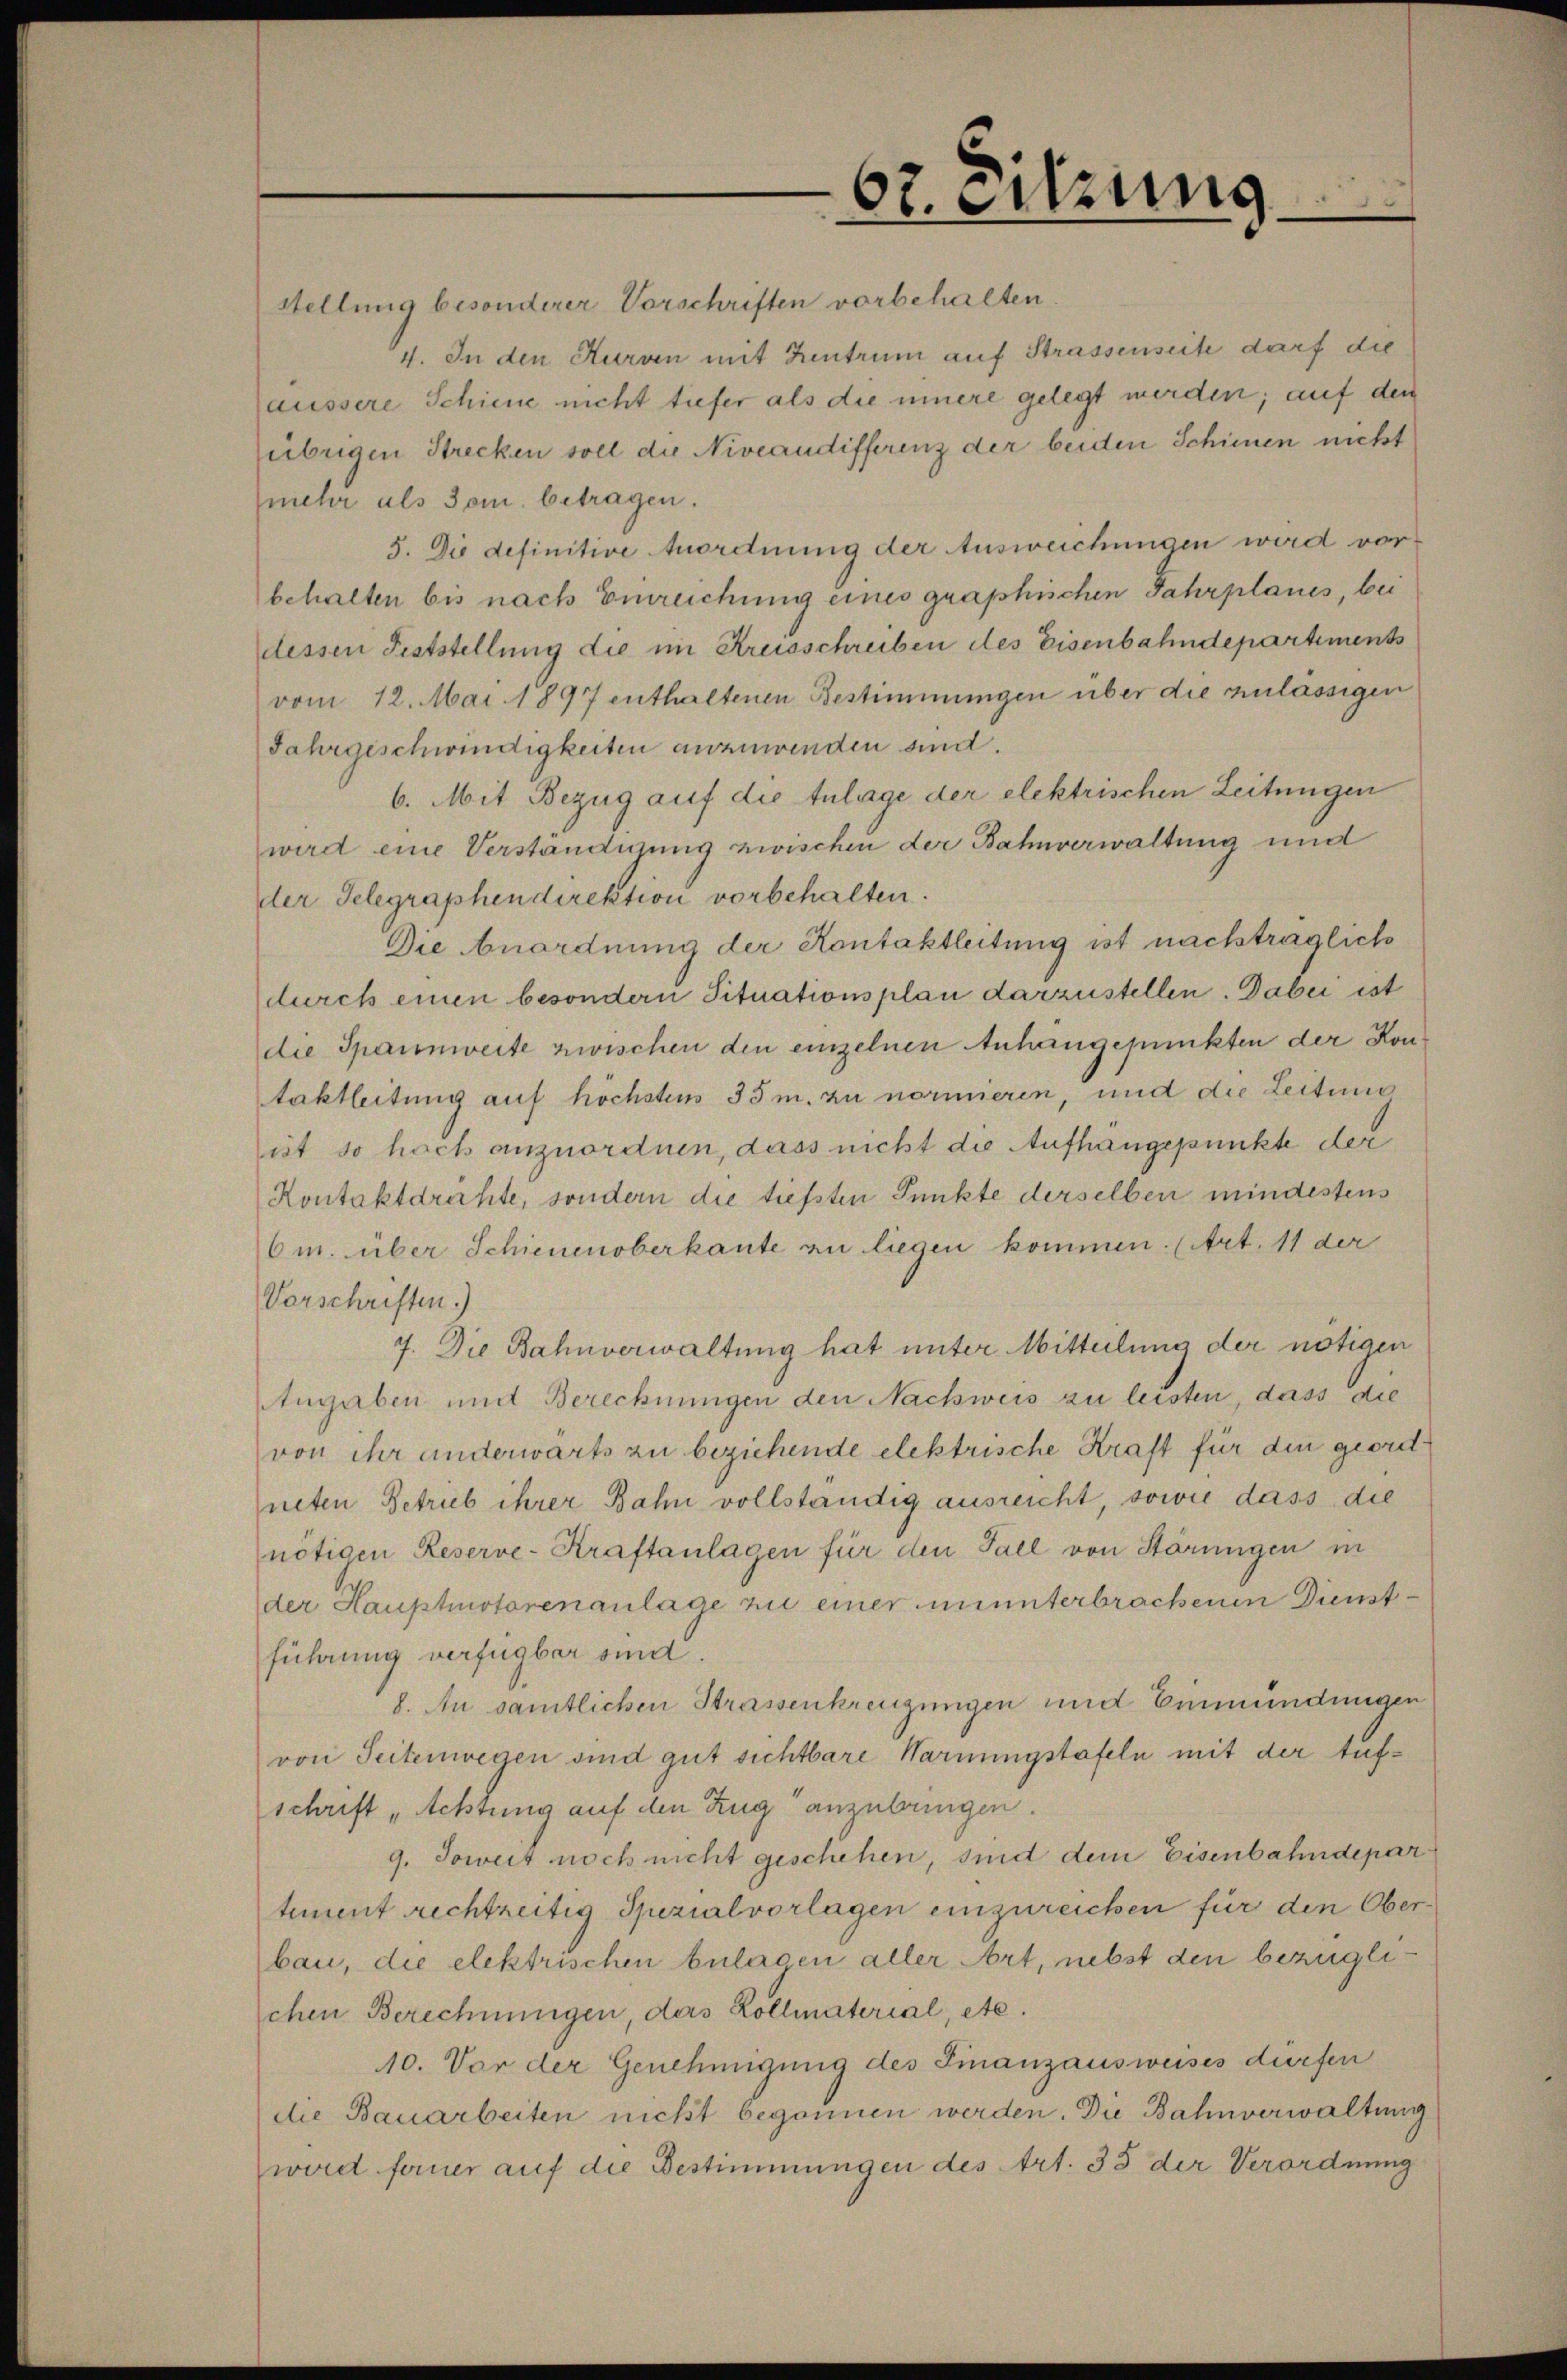
67. Sitzung

Stellung besonderer Vorschriften vorbehalten
4. In den Kurven mit Zentrum auf Strassenseite darf die
äussere Schiene nicht tiefer als die innere gelegt werden; auf den
übrigen Strecken soll die Niveaudifferenz der beiden Schienen nicht
mehr als Tom. betragen.
5. Die definitive Anordnung der Ausweichungen wird vorbehalten bis nach Einreichung eines graphischen Jahrplanes, bei
dessen Feststellung die im Kreisschreiben des Eisenbahndepartiments
vom 12. Mai 1897 enthaltenen Bestimmungen über die zulässigen
Jahrgeschwindigkeiten anzuwenden sind.
6. Mit Bezug auf die Zulage der elektrischen Leitungen
wird eine Verständigung zwischen der Bahnverwaltung und
der Telegraphen direktion vorbehalten.
Die Anordnung der Kontaktleitung ist nachträglich
durch einen besondern Situationsplan darzustellen. Dabei ist
die Spannweite zwischen den einzelnen Anhangepunkten der Kontaktleitung auf höchsten 35 m. zu normieren, und die Leitung
ist so hoch anzuordnen, dass nicht die Aufhängepunkte der
Kontaktdrühte, sondern die tiefsten Punkte derselben mindestens
6m. über Schienenoberkante zu liegen kommen. (Art. 11 der
Vorschriften.)
7. Die Bahnverwaltung hat unter Mitteilung der nötigen
Angaben und Berechnungen den Nachweis zu leisten, dass die
von ihr anderwärts zu beziehende elektrische Kraft für die geordneten Betrieb ihrer Bahn vollständig ausreicht, sowie dass die
nötigen Reserve- Kraftanlagen für den Fall von Störungen in
der Hauptmotorenanlage zu einer ununterbrachenen Dienstführung verfügbar sind.
8. An samtlichen Strassenkreuzungen und Einmündungen
von Seitenwegen sind gut sichtbare Warnungstafeln mit der Aufschrift „Achtung auf den Zug anzubringen
9. Soweit noch nicht geschehen, sind dem Eisenbahndepartement rechtzeitig Spezialvorlagen einzureichen für den Oberbau, die elektrischen bulagen aller Art, nebst den bezüglischen Berechnungen, das Kollmaterial, etc.
10. Vor der Genehmigung des Finanzausweises dürfen
die Bauarbeiten nicht begonnen werden. Die Bahnverwaltung
wird ferner auf die Bestimmungen des Art. 35 der Verordnung